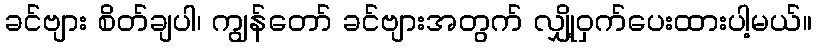
ခင်ဗျား စိတ်ချပါ၊ ကျွန်တော် ခင်ဗျားအတွက် လျှို့ဝှက်ပေးထားပါ့မယ်။